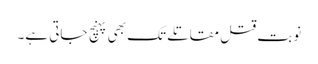
نوبت قتل مقاتلے تک بھی پہنچ جاتی ہے۔